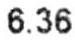
6.36